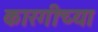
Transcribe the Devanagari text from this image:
कारगीच्या